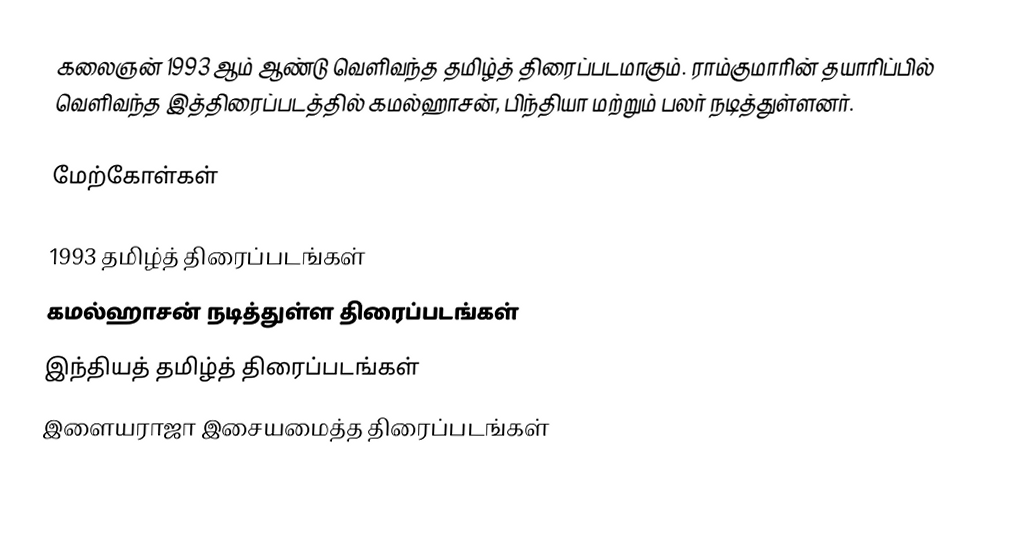
கலைஞன் 1993 ஆம் ஆண்டு வெளிவந்த தமிழ்த் திரைப்படமாகும். ராம்குமாரின் தயாரிப்பில் வெளிவந்த இத்திரைப்படத்தில் கமல்ஹாசன், பிந்தியா மற்றும் பலர் நடித்துள்ளனர்.

மேற்கோள்கள்

1993 தமிழ்த் திரைப்படங்கள்
கமல்ஹாசன் நடித்துள்ள திரைப்படங்கள்
இந்தியத் தமிழ்த் திரைப்படங்கள்
இளையராஜா இசையமைத்த திரைப்படங்கள்